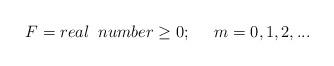
LaTeX: \begin{align*}F = real \;\; number \geq 0; \;\;\;\;\; m= 0, 1, 2,...\end{align*}